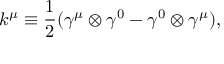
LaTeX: k ^ { \mu } \equiv \frac { 1 } { 2 } ( { \gamma } ^ { \mu } \otimes { \gamma } ^ { 0 } - { \gamma } ^ { 0 } \otimes { \gamma } ^ { \mu } ) ,